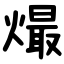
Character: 熶